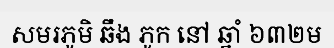
សមរភូមិ ឆឹង ភូក នៅ ឆ្នាំ ៦៣២ម